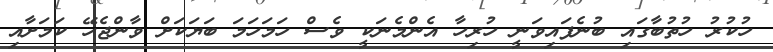
ހުކުރު ހުތުބާގައި ބުނެފައިވަނީ ހުރިހާ އެންމެނަކީ ވެސް ހަމަހަމަ ބަޔަކަށް ވާންޖެހޭ ކަމަށާއި